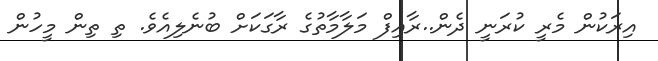
އިރަކުން މެރީ ކުރަނީ ދެން..ރާއިފް މަލާމާތުގެ ރާގަކަށް ބުނެލިއެވެ. ތި ތިން މީހުން